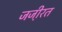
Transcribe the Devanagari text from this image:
जजी़रत